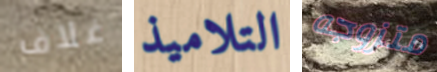
غلاف التلاميذ متزوجه